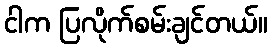
ငါက ပြလိုက်စမ်းချင်တယ်။